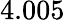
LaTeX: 4.005